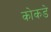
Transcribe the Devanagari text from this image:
कोकडे